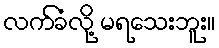
လက်ခံလို့ မရသေးဘူး။